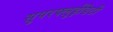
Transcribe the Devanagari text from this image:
सुपरफ्लुईडिटी